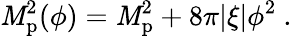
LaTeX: \mathit{M}_{\mathrm{{p}}}^{2}(\phi)=\mathit{M}_{\mathrm{{p}}}^{2}+8\pi|\xi|\phi^{2}\ .